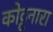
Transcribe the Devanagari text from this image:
कोट्टनारा